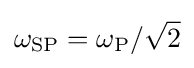
\omega _{\rm {SP}}=\omega _{\rm {P}}/{\sqrt {2}}